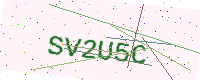
Text: SV2U5C